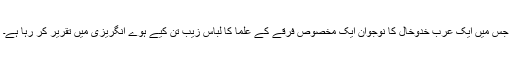
جس میں ایک عرب خدوخال کا نوجوان ایک مخصوص فرقے کے علما کا لباس زیب تن کیے ہوے انگریزی میں تقریر کر رہا ہے۔